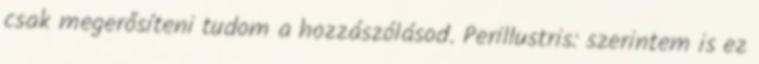
csak megerősíteni tudom a hozzászólásod. Perillustris: szerintem is ez